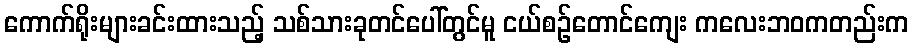
ကောက်ရိုးများခင်းထားသည့် သစ်သားခုတင်ပေါ်တွင်မူ ငယ်စဉ်တောင်ကျေး ကလေးဘဝကတည်းက